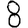
Digit: 8